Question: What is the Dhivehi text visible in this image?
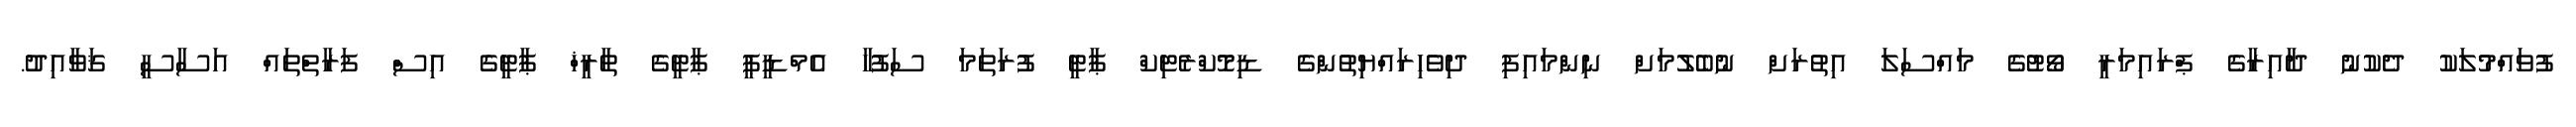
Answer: ފުވައްމުލަކު ދެކުނު ދާއިރާގެ ޕްރައިމަރީ ވޯޓުގެ މައްސަލަ އިތުރަށް ނުބެލުމަށް ނިންމައިފި ދިވެހިރައްޔިތުންގެ ޑިމޮކްރެޓިކް ޕާޓީ ފުރަތަމަ ސަފުހާ އެމްޑީޕީ ޕާޓީގެ ތާރީޚް ޕާޓީގެ އިސް ފަރާތްތައް އަސާސީ ޤަވާއިދު.